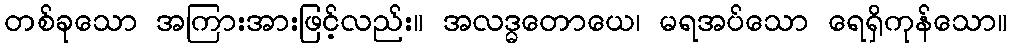
တစ်ခုသော အကြားအားဖြင့်လည်း။ အလဒ္ဓတောယေ၊ မရအပ်သော ရေရှိကုန်သော။